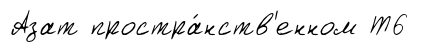
Азат простра́нств'енном Т6